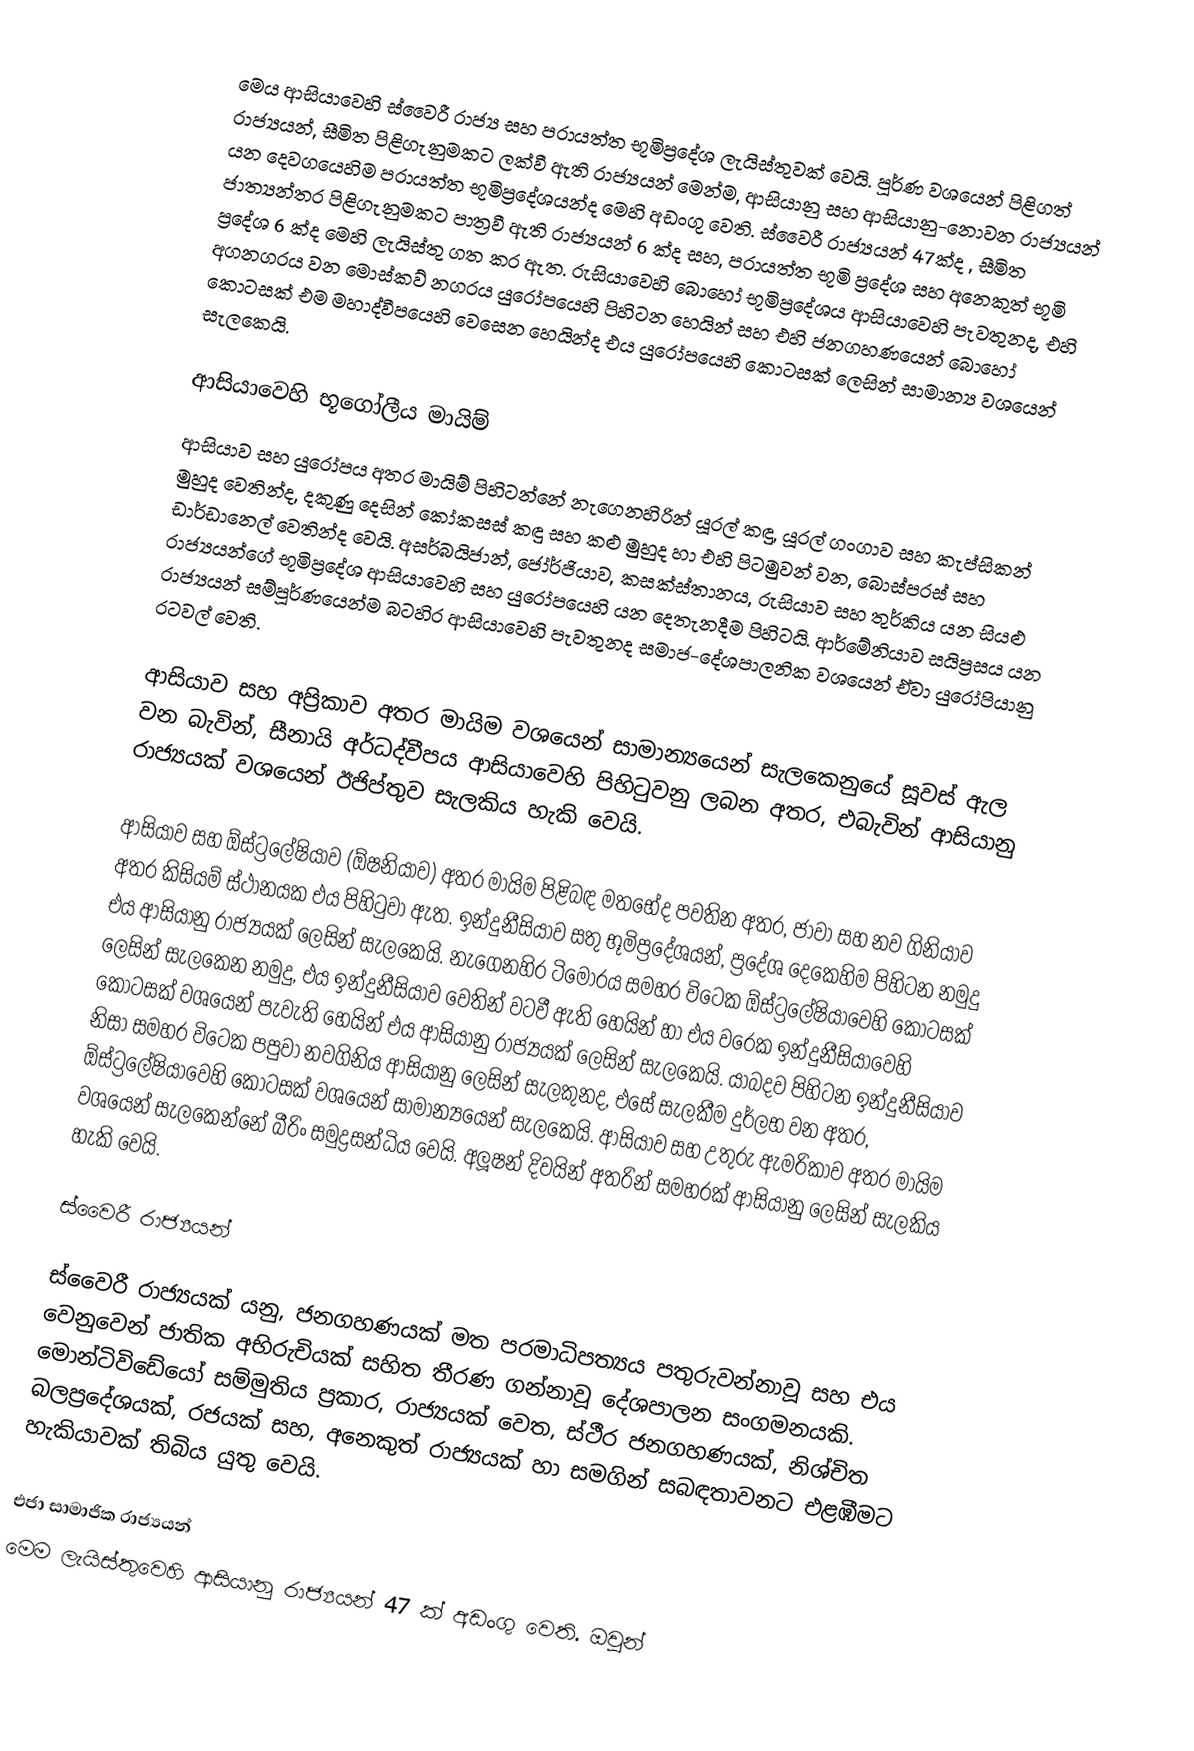
මෙය ආසියාවෙහි ස්වෛරී රාජ්‍ය සහ පරායත්ත භූමිප්‍රදේශ ලැයිස්තුවක් වෙයි. පූර්ණ වශයෙන් පිළිගත් රාජ්‍යයන්, සීමිත පිළිගැනුමකට ලක්වී ඇති රාජ්‍යයන් මෙන්ම, ආසියානු සහ ආසියානු-නොවන රාජ්‍යයන් යන දෙවගයෙහිම පරායත්ත භූමිප්‍රදේශයන්ද මෙහි අඩංගු වෙති. ස්වෛරී රාජ්‍යයන් 47ක්ද , සීමිත ජාත්‍යන්තර පිළිගැනුමකට පාත්‍රවී ඇති රාජ්‍යයන් 6 ක්ද සහ,   පරායත්ත භූමි ප්‍රදේශ සහ අනෙකුත් භූමි ප්‍රදේශ 6 ක්ද මෙහි ලැයිස්තු ගත කර ඇත. රුසියාවෙහි බොහෝ භූමිප්‍රදේශය ආසියාවෙහි පැවතුනද, එහි අගනගරය වන මොස්කව් නගරය යුරෝපයෙහි පිහිටන හෙයින් සහ එහි ජනගහණයෙන් බොහෝ කොටසක් එම මහාද්වීපයෙහි වෙසෙන හෙයින්ද එය යුරෝපයෙහි කොටසක් ලෙසින් සාමාන්‍ය වශයෙන් සැලකෙයි.

ආසියාවෙහි භූගෝලීය මායිම්
ආසියාව සහ යුරෝපය අතර මායිම් පිහිටන්නේ නැගෙනහිරින් යූරල් කඳු, යූරල් ගංගාව සහ කැප්සිකන් මුහුද වෙතින්ද, දකුණු දෙසින් කෝකසස් කඳු සහ කළු මුහුද හා එහි පිටමුවන් වන, බොස්පරස් සහ ඩාර්ඩානෙල් වෙතින්ද වෙයි. අසර්බයිජාන්, ජෝර්ජියාව, කසක්ස්තානය, රුසියාව සහ තුර්කිය යන සියළු රාජ්‍යයන්ගේ භූමිප්‍රදේශ ආසියාවෙහි සහ යුරෝපයෙහි යන දෙතැනදීම පිහිටයි. ආර්මේනියාව සයිප්‍රසය යන රාජ්‍යයන් සම්පූර්ණයෙන්ම  බටහිර ආසියාවෙහි පැවතුනද සමාජ-දේශපාලනික වශයෙන් ඒවා යුරෝපියානු රටවල් වෙති.

ආසියාව සහ අප්‍රිකාව අතර මායිම වශයෙන් සාමාන්‍යයෙන් සැලකෙනුයේ  සූවස් ඇල වන බැවින්, සීනායි අර්ධද්වීපය ආසියාවෙහි පිහිටුවනු ලබන අතර, එබැවින් ආසියානු රාජ්‍යයක් වශයෙන් ඊජිප්තුව සැලකිය හැකි වෙයි.

ආසියාව සහ ඕස්ට්‍රලේෂියාව (ඕෂනියාව) අතර මායිම පිළිබඳ මතභේද පවතින අතර, ජාවා සහ නව ගිනියාව අතර කිසියම් ස්ථානයක එය පිහිටුවා ඇත. ඉන්දුනීසියාව සතු භූමිප්‍රදේශයන්, ප්‍රදේශ දෙකෙහිම පිහිටන නමුදු එය ආසියානු රාජ්‍යයක් ලෙසින් සැලකෙයි. නැගෙනහිර ටිමෝරය සමහර විටෙක   ඕස්ට්‍රලේෂියාවෙහි කොටසක් ලෙසින් සැලකෙන නමුදු, එය ඉන්දුනීසියාව වෙතින් වටවී ඇති හෙයින් හා එය වරෙක ඉන්දුනීසියාවෙහි කොටසක් වශයෙන් පැවැති හෙයින් එය ආසියානු රාජ්‍යයක් ලෙසින් සැලකෙයි. යාබදව පිහිටන ඉන්දුනීසියාව නිසා සමහර විටෙක පපුවා නවගිනිය ආසියානු ලෙසින් සැලකුනද, එසේ සැලකීම දුර්ලභ වන අතර,  ඕස්ට්‍රලේෂියාවෙහි කොටසක් වශයෙන් සාමාන්‍යයෙන් සැලකෙයි. ආසියාව සහ උතුරු ඇමරිකාව අතර මායිම වශයෙන් සැලකෙන්නේ  බීරිං සමුද්‍රසන්ධිය වෙයි. අලූෂන් දිවයින් අතරින් සමහරක් ආසියානු ලෙසින් සැලකිය හැකි වෙයි.

ස්වෛරී රාජ්‍යයන්

ස්වෛරී රාජ්‍යයක් යනු, ජනගහණයක් මත පරමාධිපත්‍යය පතුරුවන්නාවූ සහ එය වෙනුවෙන් ජාතික අභිරුචියක් සහිත තීරණ ගන්නාවූ දේශපාලන සංගමනයකි.  මොන්ටිවිඩේයෝ සම්මුතිය ප්‍රකාර, රාජ්‍යයක් වෙත, ස්ථීර ජනගහණයක්, නිශ්චිත බලප්‍රදේශයක්, රජයක් සහ, අනෙකුත් රාජ්‍යයක් හා සමගින් සබඳතාවනට එළඹීමට හැකියාවක් තිබිය යුතු වෙයි.

එජා සාමාජික රාජ්‍යයන්
මෙම ලැයිස්තුවෙහි ආසියානු රාජ්‍යයන් 47 ක් අඩංගු වෙති. ඔවුන්